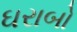
ઘરાબો